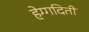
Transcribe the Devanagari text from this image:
हेग्गदिती